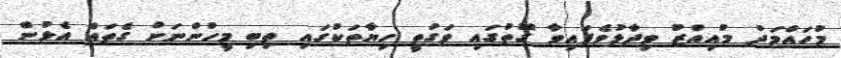
މުހައްމަދު މުއިއްޒު ވިދާޅުވެފައިވާ ގޮތުގައި ވަގުތީ ހިޔާތަކުގައި ތިބި މީހުންނަށް ގެތައް އެޅުން